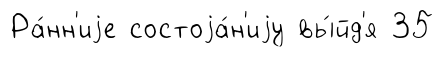
Ра́нн'иjе состоjа́н'иjу вы́йд'я 35